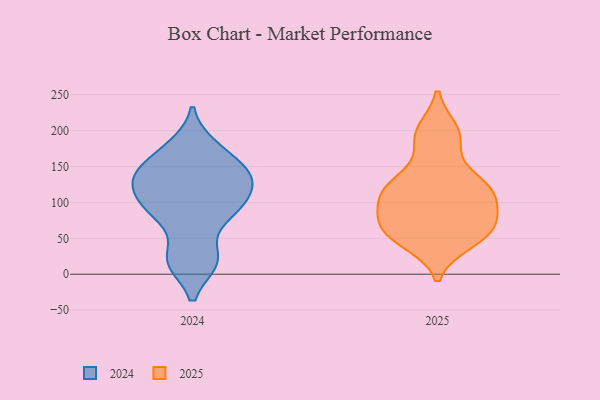
{"axis": {"x": "Demand Index", "y": "Value"}, "legend": ["2024", "2025"], "data": [{"x": "", "y": 133, "type": "2025"}, {"x": "", "y": 199, "type": "2025"}, {"x": "", "y": 61, "type": "2025"}, {"x": "", "y": 127, "type": "2025"}, {"x": "", "y": 191, "type": "2025"}, {"x": "", "y": 119, "type": "2025"}, {"x": "", "y": 100, "type": "2025"}, {"x": "", "y": 108, "type": "2025"}, {"x": "", "y": 70, "type": "2025"}, {"x": "", "y": 115, "type": "2025"}, {"x": "", "y": 46, "type": "2025"}, {"x": "", "y": 191, "type": "2025"}, {"x": "", "y": 51, "type": "2025"}, {"x": "", "y": 75, "type": "2025"}, {"x": "", "y": 57, "type": "2025"}, {"x": "", "y": 68, "type": "2025"}, {"x": "", "y": 114, "type": "2025"}, {"x": "", "y": 130, "type": "2024"}, {"x": "", "y": 20, "type": "2024"}, {"x": "", "y": 103, "type": "2024"}, {"x": "", "y": 138, "type": "2024"}, {"x": "", "y": 178, "type": "2024"}, {"x": "", "y": 18, "type": "2024"}, {"x": "", "y": 83, "type": "2024"}, {"x": "", "y": 155, "type": "2024"}, {"x": "", "y": 129, "type": "2024"}, {"x": "", "y": 89, "type": "2024"}]}